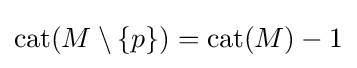
\operatorname {cat} (M\setminus \{p\})=\operatorname {cat} (M)-1